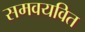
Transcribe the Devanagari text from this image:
समवयवित